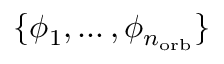
\{ \phi _ { 1 } , \ldots , \phi _ { n _ { \mathrm { o r b } } } \}